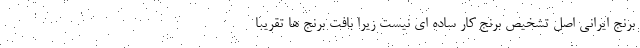
برنج ایرانی اصل تشخیص برنج کار ساده ای نیست زیرا بافت برنج ها تقریبا